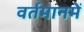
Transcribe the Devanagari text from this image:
वर्तमानमें